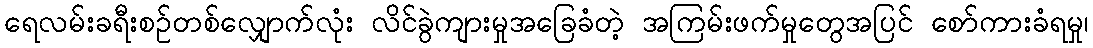
ရေလမ်းခရီးစဉ်တစ်လျှောက်လုံး လိင်ခွဲကျားမှုအခြေခံတဲ့ အကြမ်းဖက်မှုတွေအပြင် စော်ကားခံရမှု၊